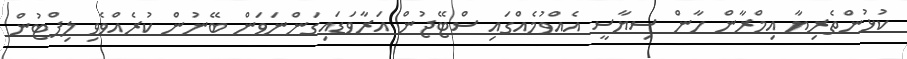
ކުޅުންތެރިޔާ އިމްރާން ހާން ސިޔާސީ އެއްވުމެއްގައި ސްޓޭޖުން އަރާވަޑައިގަންނަވަން ބޭނުން ކުރެއްވެވި ލިފްޓުން